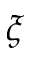
\xi